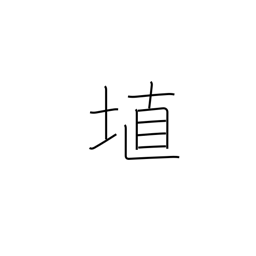
Meaning: clay